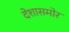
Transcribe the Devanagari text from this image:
देशासमोर